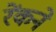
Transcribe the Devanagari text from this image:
रेंकने